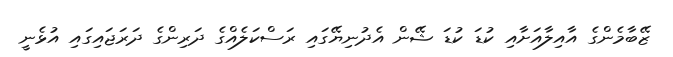
ޒޭބާމެންގެ އާއިލާއަށާއި ކުޑަ ކުޑަ ޝޭން އެދުނިޔޭގައި ރަސްކަލެއްގެ ދަރިންގެ ދަރަޖައިގައި އުޅެނީ